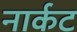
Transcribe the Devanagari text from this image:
नार्कट